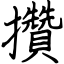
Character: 攢